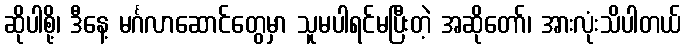
ဆိုပါစို့၊ ဒီနေ့ မင်္ဂလာဆောင်တွေမှာ သူမပါရင်မပြီးတဲ့ အဆိုတော်၊ အားလုံးသိပါတယ်